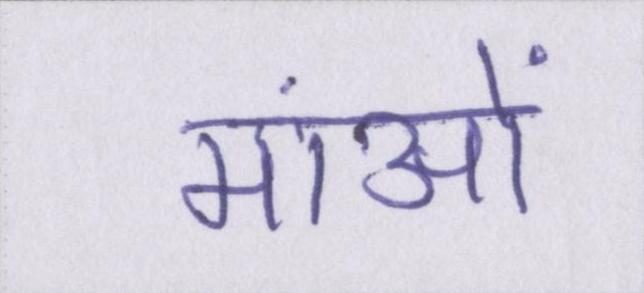
मांओं